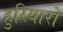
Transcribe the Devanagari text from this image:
हुरियारों